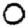
Digit: 0